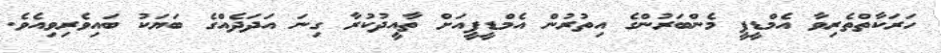
ހަރަކާތްތެރިވާ އެމްޑީޕީ މެންބަރުންގެ އިތުރުން އެމްޑީޕީއަށް ތާއީދުކުރާ ގިނަ އަދަދެއްގެ ބަޔަކު ބައިވެރިވިއެވެ.